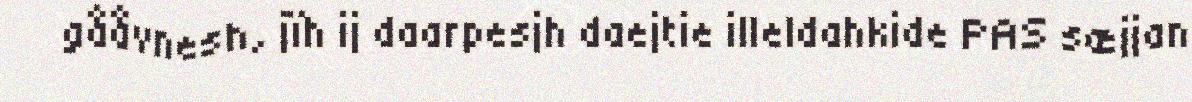
gååvnesh, jïh ij daarpesjh daejtie illeldahkide PAS sæjjan